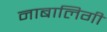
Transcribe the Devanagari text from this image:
नाबालिगी